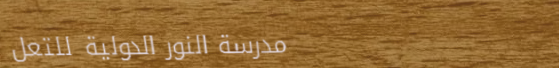
مدرسة النور الدولية للتعل